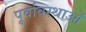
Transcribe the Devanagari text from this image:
पूर्वावस्थाओं